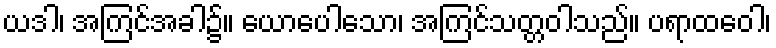
ယဒါ၊ အကြင်အခါ၌။ ယောပေါသော၊ အကြင်သတ္တဝါသည်။ ပရာထဝေါ၊